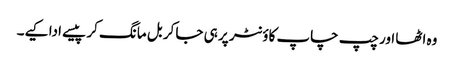
وہ اٹھا اور چپ چاپ کاؤنٹر پر ہی جا کر بل مانگ کر پیسے ادا کیے۔